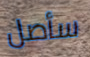
سأصل